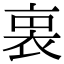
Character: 𧙬